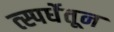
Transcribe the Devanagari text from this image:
त्स्पर्धेतून